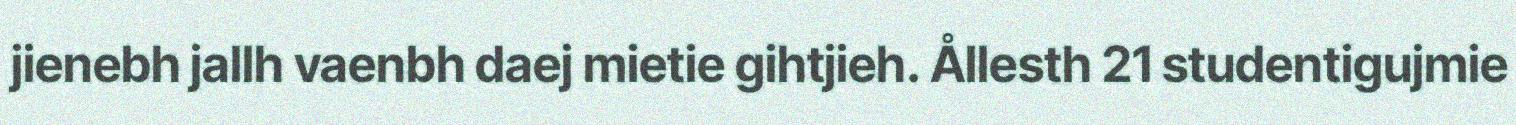
jienebh jallh vaenbh daej mietie gihtjieh. Ållesth 21 studentigujmie